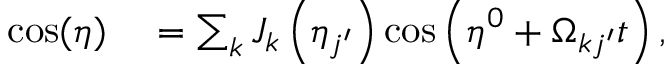
\begin{array} { r l } { \cos ( \eta ) } & { { } = \sum _ { k } J _ { k } \left( \eta _ { j ^ { \prime } } \right) \cos \left( \eta ^ { 0 } + \Omega _ { k j ^ { \prime } } t \right) , } \end{array}